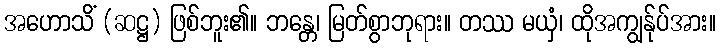
အဟောသိံ (ဆဋ္ဌ) ဖြစ်ဘူး၏။ ဘန္တေ၊ မြတ်စွာဘုရား။ တဿ မယှံ၊ ထိုအကျွန်ုပ်အား။